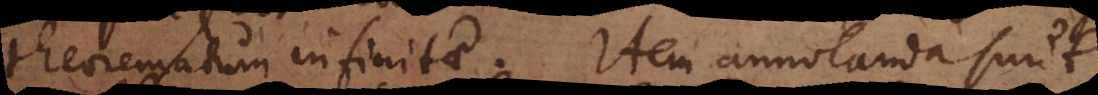
theorematum infinitae. Item annotanda sunt